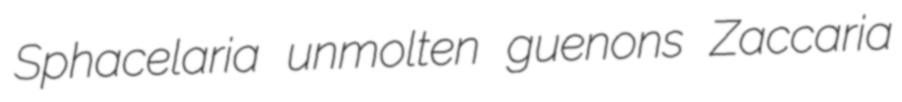
Sphacelaria unmolten guenons Zaccaria